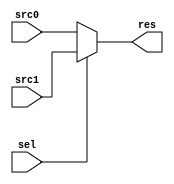
module MUX2_1 #(
    parameter  WIDTH = 32
    )(
    input           [WIDTH-1 : 0]       src0, src1,
    input           [      0 : 0]       sel,

    output          [WIDTH-1 : 0]       res
    );

    assign res = sel ? src1 : src0;

endmodule